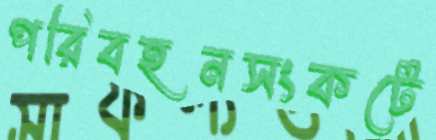
পরিবহনসংকটে